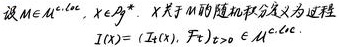
设$M\in \mathcal{M}^{c,loc}$, $X\in \mathcal{J}^{g}$. $X$关于$M$的随机积分定义为过程
\[
I(X)=(I_t(X), \mathcal{F}_t)_{t\geq 0}\in \mathcal{M}^{c,loc}.
\]